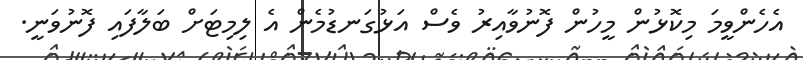
އެހެންވީމަ މިކޮޅުން މީހުން ފޮނުވާއިރު ވެސް އަޅުގަނޑުމެން އެ ލިމިޓަށް ބަލާފައި ފޮނުވަނީ.